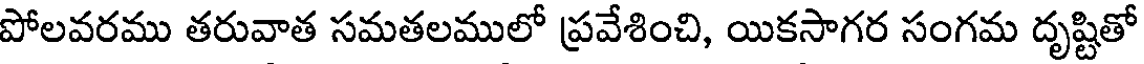
పోలవరము తరువాత సమతలములో ప్రవేశించి, యికసాగర సంగమ దృష్టితో